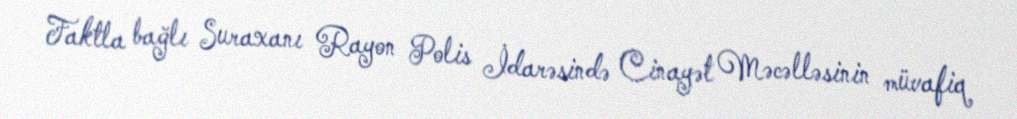
Faktla bağlı Suraxanı Rayon Polis İdarəsində Cinayət Məcəlləsinin müvafiq